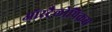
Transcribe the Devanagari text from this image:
ऑस्ट्रैलोपिकस